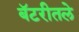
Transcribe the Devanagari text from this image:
बॅटरीतले